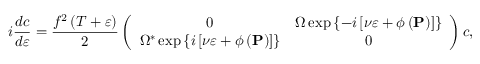
i \frac { d c } { d \varepsilon } = \frac { f ^ { 2 } \left( T + \varepsilon \right) } { 2 } \left( \begin{array} { c c } { 0 } & { \Omega \exp \left\{ - i \left[ \nu \varepsilon + \phi \left( \mathbf { P } \right) \right] \right\} } \\ { \Omega ^ { \ast } \exp \left\{ i \left[ \nu \varepsilon + \phi \left( \mathbf { P } \right) \right] \right\} } & { 0 } \end{array} \right) c ,